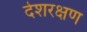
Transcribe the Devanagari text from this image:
देशरक्षण